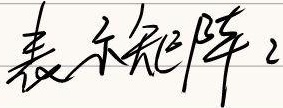
表示矩阵\(2\)